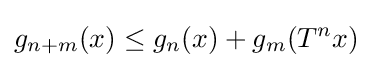
g_{n+m}(x)\leq g_{n}(x)+g_{m}(T^{n}x)